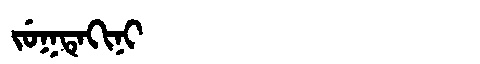
Manchu: ᠵᡠᡴᡨᡝᡴᡳᠨᡳ
Romanization: JUKTEKINI